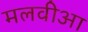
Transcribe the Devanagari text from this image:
मलवीआ